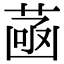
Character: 𦴻